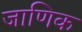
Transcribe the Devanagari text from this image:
जाणिक